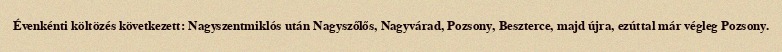
Évenkénti költözés következett: Nagyszentmiklós után Nagyszőlős, Nagyvárad, Pozsony, Beszterce, majd újra, ezúttal már végleg Pozsony.